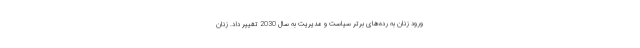
ورود زنان به رده‌های برتر سیاست و مدیریت به سال 2030 تغییر داد. زنان